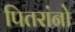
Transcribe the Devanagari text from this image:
पितरांनो